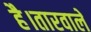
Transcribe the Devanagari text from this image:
है।तारवाले